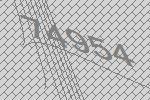
74954